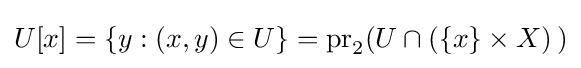
U[x]=\{y:(x,y)\in U\}=\operatorname {pr} _{2}(U\cap (\{x\}\times X)\,)